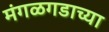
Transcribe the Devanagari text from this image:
मंगळगडाच्या